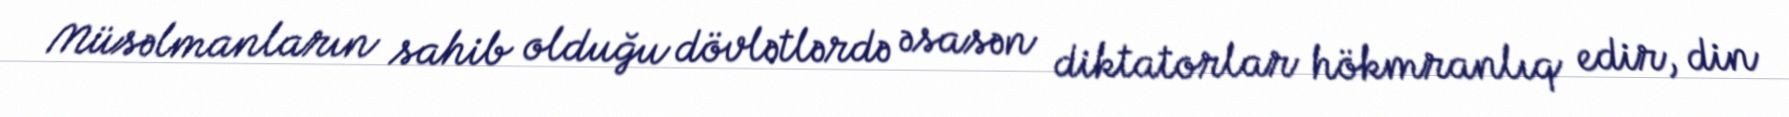
Müsəlmanların sahib olduğu dövlətlərdə əsasən diktatorlar hökmranlıq edir, din